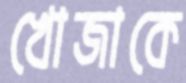
খোজাকে